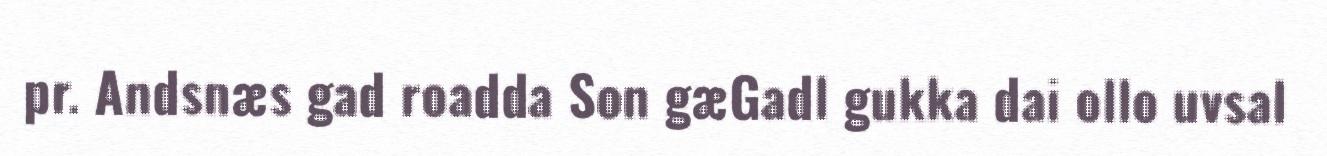
pr. Andsnæs gad roadda Son gæGadl gukka dai ollo uvsal